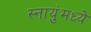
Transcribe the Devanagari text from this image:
स्नायुंमध्ये